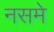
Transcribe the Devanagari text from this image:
नसमे